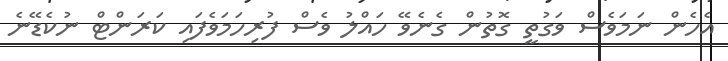
އެހެން ނަމަވެސް ވަގުތީ ގޮތުން ގެނެވޭ ހައްލު ވެސް ފުރިހަމަވެފައި ކަރަންޓް ނުކެޑޭނެ